Report on horse surra - Volume II, Part II
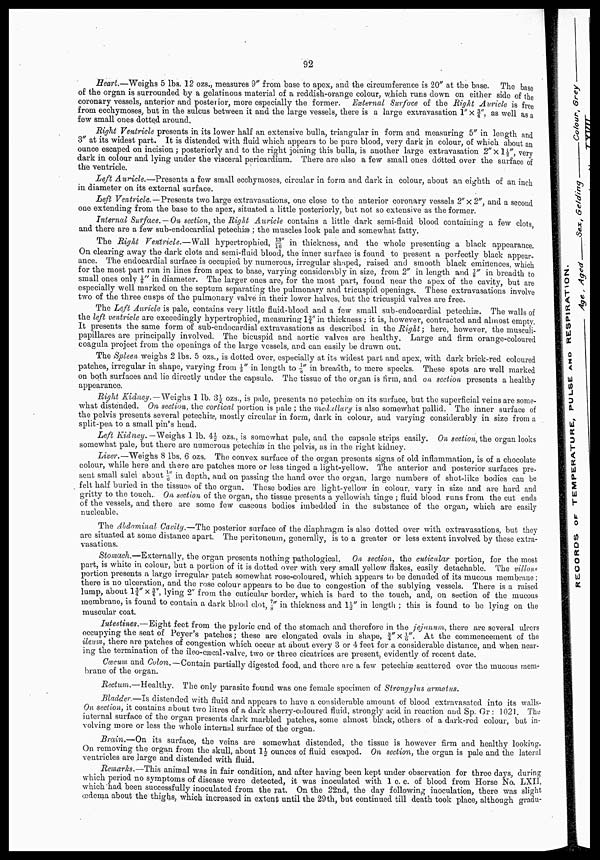
92
Heart.—Weighs 5 lbs. 12 ozs., measures 9" from base to apex, and the circumference is 20" at the base. The base
of the organ is surrounded by a gelatinous material of a reddish-orange colour, which runs down on either side of the
coronary vessels, anterior and posterior, more especially the former. External Surface of the Right Auricle is free
from, ecchymoses, but in the sulcus between it and the large vessels, there is a large extravasation 1"× ¾ ", as well as a
few small ones dotted around.
Right Ventricle presents in its lower half an extensive bulla, triangular in form and measuring 5" in length and
3" at its widest part. It is distended with fluid which appears to be pure blood, very dark in colour, of which about an
ounce escaped on incision ; posteriorly and to the right joining this bulla, is another large extravasation 2"×1½", very
dark in colour and lying under the visceral pericardium. There are also a few small ones dotted over the surface of
the ventricle.
Left Auricle.—Presents a few small ecchymoses, circular in form and dark in colour, about an eighth of an inch
in diameter on its external surface.
Left Ventricle.—Presents two large extravasations, one close to the anterior coronary vessels 2"×2", and a second
one extending from the base to the apex, situated a little posteriorly, but not so extensive as the former.
Internal Surface.—On section, the Right Auricle contains a little dark semi-fluid blood containing a few clots,
and there are a few sub-endocardial petechiæ ; the muscles look pale and somewhat fatty.
The Right Ventricle.—Wall hypertrophied, 13/16" in thickness, and the whole presenting a black appearance.
On clearing away the dark clots and semi-fluid blood, the inner surface is found to present a perfectly black appear¬
ance. The endocardial surface is occupied by numerous, irregular shaped, raised and smooth black eminences, which
for the most part run in lines from apex to base, varying considerably in size, from 2" in length and 7/8" in breadth to
small ones only 1/8" in diameter. The larger ones are, for the most part, found near the apex of the cavity, but are
especially well marked on the septum separating the pulmonary and tricuspid openings. These extravasations involve
two of the three cusps of the pulmonary valve in their lower halves, but the tricuspid valves are free.
The Left Auricle is pale, contains very little fluid-blood and a few small sub-endocardial petechiæ. The walls of
the left ventricle are exceedingly hypertrophied, measuring 1¾" in thickness ; it is, however, contracted and almost empty.
It presents the same form of sub-endocardial extravasations as described in the Right; here, however, the musculi-
papillares are principally involved. The bicuspid and aortic valves are healthy. Large and firm orange-coloured
coagula project from the openings of the large vessels, and can easily be drawn out.
The Spleen weighs 2 lbs. 5 ozs., is dotted over, especially at its widest part and apex, with dark brick-red coloured
patches, irregular in shape, varying from 1/3" in length to 1/8" in breadth, to mere specks. These spots are well marked
on both surfaces and lie directly under the capsule. The tissue of the organ is firm, and on section presents a healthy
appearance.
Right Kidney.— Weighs 1 lb. 3½ ozs., is pale, presents no petechiæ on its surface, but the superficial veins are some¬
what distended. On section, the cortical portion is pale ; the medullary is also somewhat pallid. The inner surface of
the pelvis presents several petechiæ, mostly circular in form, dark in colour, and varying considerably in size from a
split-pea to a small pin's head.
Left Kidney. —Weighs 1 lb. 4½ ozs., is somewhat pale, and the capsule strips easily. On section, the organ looks
somewhat pale, but there are numerous petechiæ. in the pelvis, as in the right kidney.
Liver.—Weighs 8 lbs. 6 ozs. The convex surface of the organ presents signs of old inflammation, is of a chocolate
colour, while here and there are patches more or less tinged a light-yellow. The anterior and posterior surfaces pre¬
sent small sulci about 1/6" in depth, and on passing the hand over the organ, large numbers of shot-like bodies can be
felt half buried in the tissues of the organ. These bodies are light-yellow in colour, vary in size and are hard and
gritty to the touch. On section of the organ, the tissue presents a yellowish tinge ; fluid blood runs from the cut ends
of the vessels, and there are some few caseous bodies imbedded in the substance of the organ, which are easily
nucleable.
The Abdominal Cavity.—The posterior surface of the diaphragm is also dotted over with extravasations, but they
are situated at some distance apart. The peritoneum, generally, is to a greater or less extent involved by these extra¬
vasations.
Stomach.—Externally, the organ presents nothing pathological. On section, the cuticular portion, for the most
part, is white in colour, but a portion of it is dotted over with very small yellow flakes, easily detachable. The villous
portion presents a large irregular patch somewhat rose-coloured, which appears to be denuded of its mucous membrane;
there is no ulceration, and the rose colour appears to be due to congestion of the sublying vessels. There is a raised
lump, about 1¾"×¾", lying 2" from the cuticular border, which is bard to the touch, and, on section of the mucous
membrane, is found to contain a dark blood clot, 7/8" in thickness and 1½" in length ; this is found to be lying on the
muscular coat.
Intestines.—Eight feet from the pyloric end of the stomach and therefore in the jejunum, there are several ulcers
occupying the seat of Peyer's patches; these are elongated ovals in shape, ¾" × 1/6". At the commencement of the
ileum, there are patches of congestion which occur at about every 3 or 4 feet for a considerable distance, and when near-
ing the termination of the ileo-cæcal-valve, two or three cicatrices are present, evidently of recent date.
Cœcum and Colon. — Contain partially digested food, and there are a few petechiæ scattered over the mucous mem¬
brane of the organ.
Rectum.-Healthy.
The only parasite found was one female specimen of Strongylus armatus.
Bladder.—Is distended with fluid and appears to have a considerable amount of blood extravasated into its walls.
On section, it contains about two litres of a dark sherry-coloured fluid, strongly acid in reaction and Sp. Gr : 1021. The
internal surface of the organ presents dark marbled patches, some almost black, others of a dark-red colour, but in¬
volving more or less the whole internal surface of the organ.
Brain.—On its surface, the veins are somewhat distended, the tissue is however firm and healthy looking.
On removing the organ from the skull, about 1½ ounces of fluid escaped. On section, the organ is pale and the lateral
ventricles are large and distended with fluid.
Remarks.—This animal was in fair condition, and after having been kept under observation for three days, during
which period no symptoms of disease were detected, it was inoculated with 1 c. c. of blood from Horse No. LXII,
which had been successfully inoculated from the rat. On the 22nd, the day following inoculation, there was slight
œdema about the thighs, which increased in extent until the 29th, but continued till death took place, although gradu-